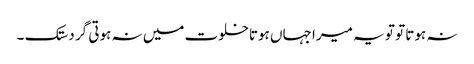
نہ ہوتا تو تو یہ میرا جہاں ہوتاخلوت میں نہ ہوتی گر دستک ۔